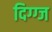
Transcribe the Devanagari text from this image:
दिग्ग्ज